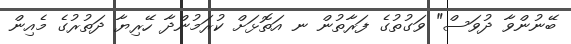
ބޭނުންވާ ދުވަސް" ވަގުތުގެ ފަރާތުން ނ އަތޮޅަށް ކުރަމުންދާ ހޭރިޔާ ދަތުރުގެ މެއިން